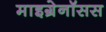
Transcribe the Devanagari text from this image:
माइग्रेनॉसस